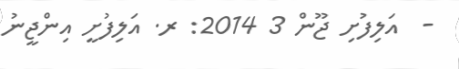
-  އަލިފުށި ޖޫން 3 2014: ރ. އަލިފުށީ އިންޖީނު